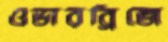
ওভারব্রিজে